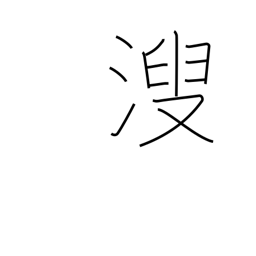
Meaning: urine